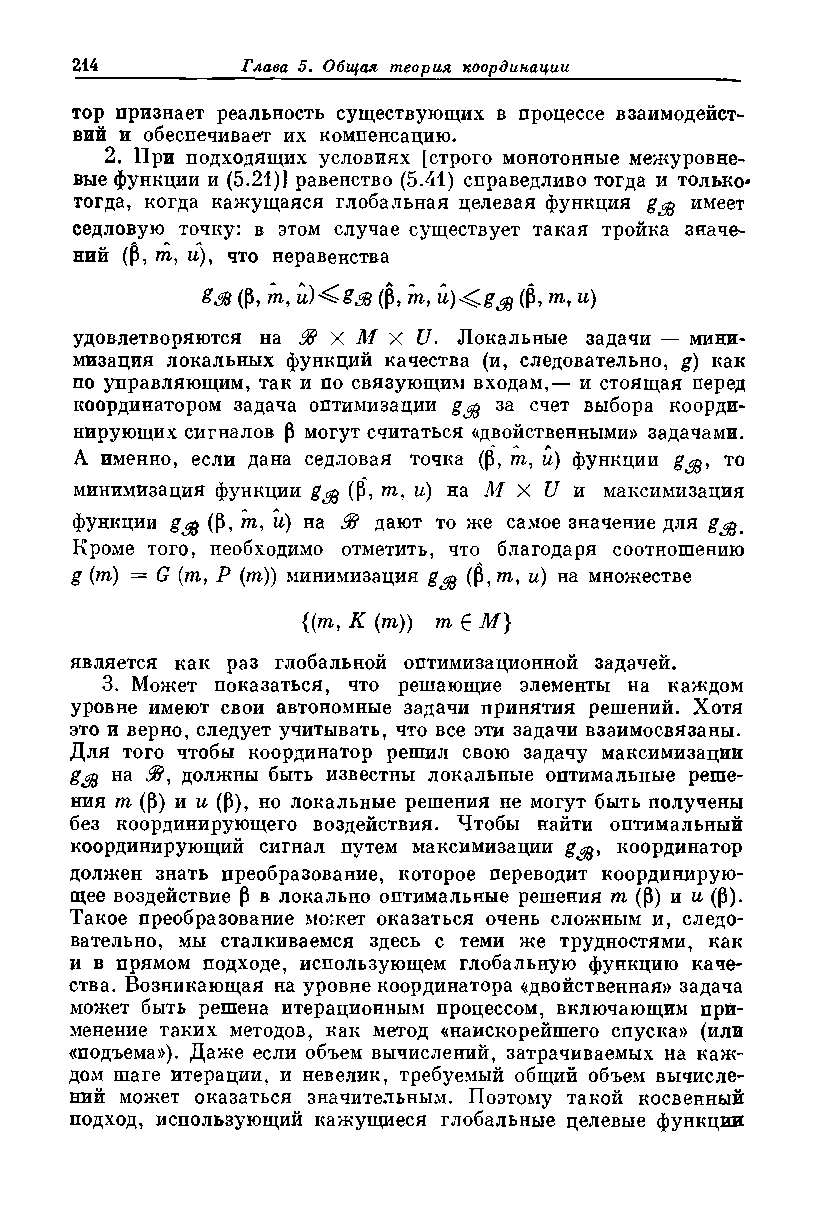
тор признает реальность существующих в процессе взаимодейст­
 вий и обеспечивает их компенсацию.
 2. При подходящих условиях [строго монотонные межуровне­
 вые функции и (5.21)] равенство (5.41) справедливо тогда и только-
 тогда, когда кажущаяся глобальная целевая функция g$ имеет
 седловую точку: в этом случае существует такая тройка значе­
 ний (Р, га, и), что неравенства
 (Р, т, иЖёМ (Р, т, (Р, т, и)
 удовлетворяются на St X М X U, Локальные задачи — мини­
 мизация локальных функций качества (и, следовательно, g) как
 по управляющим, так и по связующим входам,— и стоящая перед
 координатором задача оптимизации g$ за счет выбора коорди­
 нирующих сигналов р могут считаться «двойственными» задачами.
 А именно, если дана седловая точка (Р, га, и) функции g то
 минимизация функции g^ (Р, га, и) на М X U и максимизация
 функции g$ (Р, га, и) на $} дают то же самое значение для g^t
 Кроме того, необходимо отметить, что благодаря соотношению
 g (га) = G (га, Р (га)) минимизация g$ (Р,га, и) на множестве
 {(га, К (га)) га 6 М}
 является как раз глобальной оптимизационной задачей.
 3. Может показаться, что решающие элементы на каждом
 уровне имеют свои автономные задачи принятия решений. Хотя
 это и верно, следует учитывать, что все эти задачи взаимосвязаны.
 Для того чтобы координатор решил свою задачу максимизации
 на jf?, должны быть известны локальные оптимальные реше­
 ния га (Р) и и (Р), но локальные решения не могут быть получены
 без координирующего воздействия. Чтобы найти оптимальный
 координирующий сигнал путем максимизации g^, координатор
 должен знать преобразование, которое переводит координирую­
 щее воздействие Р в локально оптимальные решения га (Р) и и (Р).
 Такое преобразование может оказаться очень сложным и, следо­
 вательно, мы сталкиваемся здесь с теми же трудностями, как
 и в прямом подходе, использующем глобальную функцию каче­
 ства. Возникающая на уровне координатора «двойственная» задача
 может быть решена итерационным процессом, включающим при­
 менение таких методов, как метод «наискорейшего спуска» (или
 «подъема»). Даже если объем вычислений, затрачиваемых на каж­
 дом шаге итерации, и невелик, требуемый общий объем вычисле­
 ний может оказаться значительным. Поэтому такой косвенный
 подход, использующий кажущиеся глобальные целевые функции